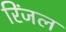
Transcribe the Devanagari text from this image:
रिंजल